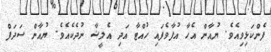
ފެންކަޅިވިއެވެ. ޔުއާން އެހާ އުފާވެފައި ހުއްޓާ އަދި އެލީޝާ ނުދެކެއެވެ. ޔުއާން ސަދަފް